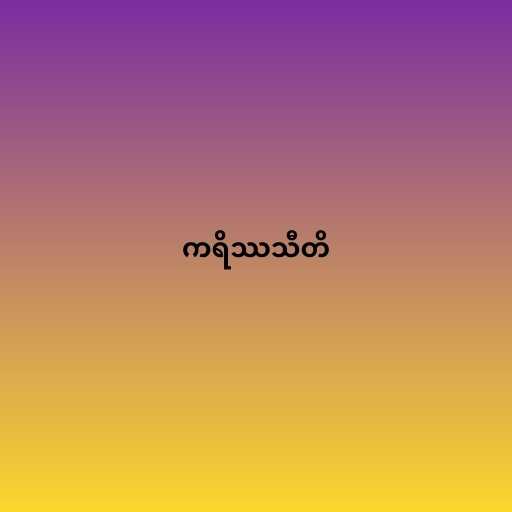
ကရိဿသီတိ